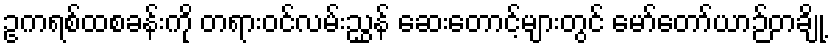
ဥကရစ်ထစခန်းကို တရားဝင်လမ်းညွှန် ဆေးတောင့်များတွင် မော်တော်ယာဉ်တချို့